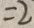
= 2